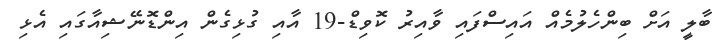
ބާލީ އަށް ބިންހެލުމެއް އައިސްފައި ވާއިރު ކޮވިޑް-19 އާއި ގުޅިގެން އިންޑޮނޭޝިއާގައި އެޅި